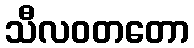
သီလဝတတော